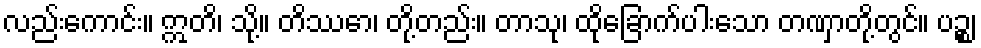
လည်းကောင်း။ ဣတိ၊ သို့။ တိဿော၊ တို့တည်း။ တာသု၊ ထိုခြောက်ပါးသော တဏှာတို့တွင်။ ပဉ္စ၊